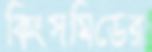
কিংসমিডের